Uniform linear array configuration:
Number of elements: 64
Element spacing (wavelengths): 0.75
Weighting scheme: blackman
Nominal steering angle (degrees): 30
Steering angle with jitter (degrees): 28.069
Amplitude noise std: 0.05
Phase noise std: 0.05

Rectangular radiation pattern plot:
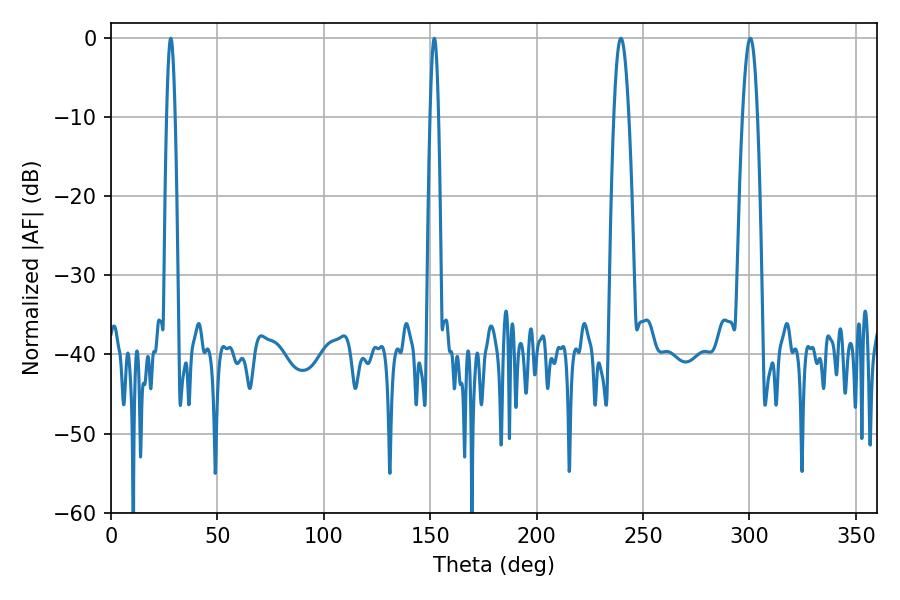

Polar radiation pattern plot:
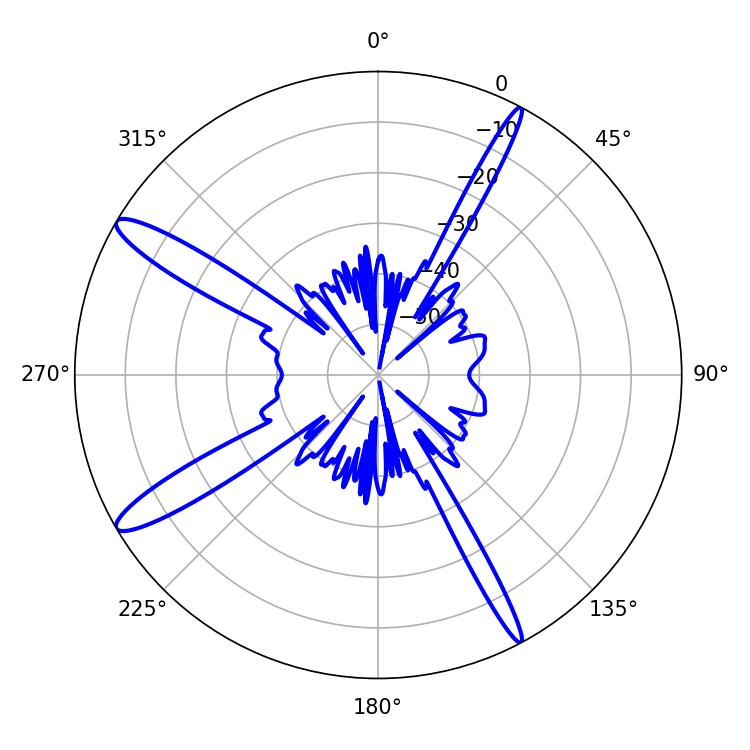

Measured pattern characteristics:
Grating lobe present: TRUE
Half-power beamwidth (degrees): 2.16
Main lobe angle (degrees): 28.08